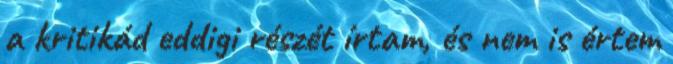
a kritikád eddigi részét írtam, és nem is értem